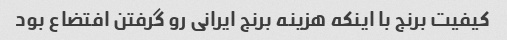
کیفیت برنج با اینکه هزینه برنج ایرانی رو گرفتن افتضاع بود